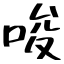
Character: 唆